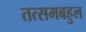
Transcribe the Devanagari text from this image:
तत्समबहुल